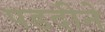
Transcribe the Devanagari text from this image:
पडदीने